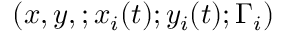
( x , y , ; x _ { i } ( t ) ; y _ { i } ( t ) ; \Gamma _ { i } )